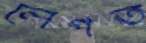
লেপত